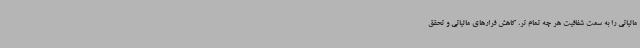
مالیاتی را به سمت شفافیت هر چه تمام تر، کاهش فرارهای مالیاتی و تحقق